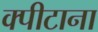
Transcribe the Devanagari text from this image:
क्पीटाना